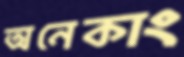
অনেকাং